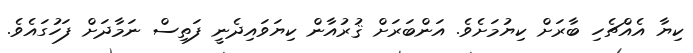
ކިޔާ އެއްޗެހި ބާރަށް ކިޔުމަށެވެ. އަންބަރަށް ޤުރުއާން ކިޔަވައިދެނީ ފަތިސް ނަމާދަށް ފަހުގައެވެ.